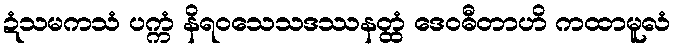
ဍံသမကသံ ပက္ကံ နိရဝသေသဒဿနတ္ထံ ဒေဝဓီတာဟိ ကထာမူလံ